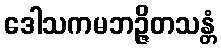
ဒေါသကမဘဉ္ဇိတသန္တံ